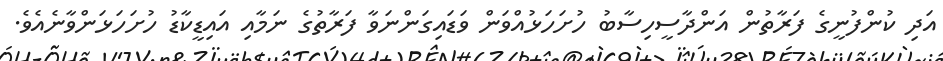
އަދި ކުންފުނީގެ ފަރާތުން އަންދާސީހިސާބު ހުށަހަޅުއްވަން ވަޑައިގަންނަވާ ފަރާތުގެ ނަމާއި އައިޑީކާޑު ހުށަހަޅަންވާނެއެވެ.